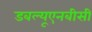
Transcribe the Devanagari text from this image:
डबल्यूएनबीसी